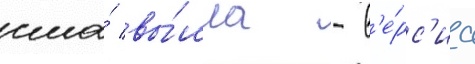
сша́ вы́шла - в'е́рс'иа